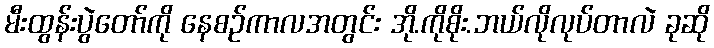
မီးထွန်းပွဲတော်ကို နေစဉ်ကာလအတွင်း အို.ကိုစိုး.ဘယ်လိုလုပ်တာလဲ ခုဆို